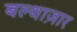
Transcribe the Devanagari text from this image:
बल्थाज़ार